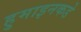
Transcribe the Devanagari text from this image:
हुमाइनकडे